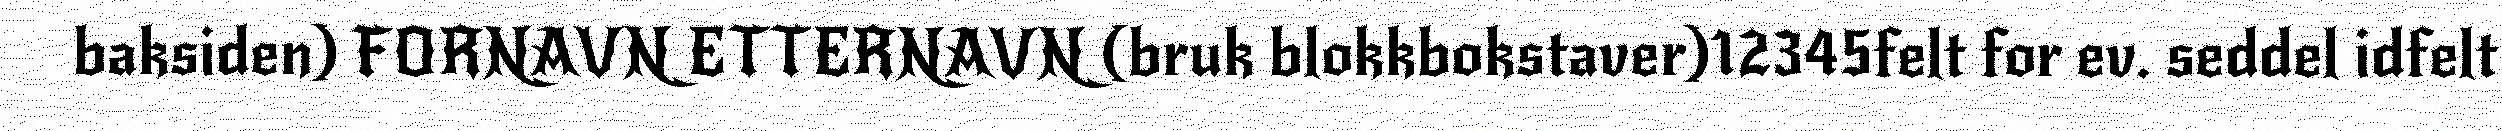
baksiden) FORNAVN ETTERNAVN (bruk blokkbokstaver)12345felt for ev. seddel idfelt